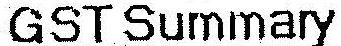
GST SUMMARY